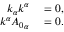
\begin{array} { r l } { k _ { \alpha } k ^ { \alpha } } & { { } = 0 , } \\ { \qquad k ^ { \alpha } { A _ { 0 } } _ { \alpha } } & { { } = 0 . } \end{array}